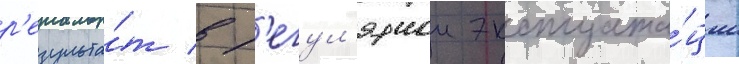
р'езульта́т в р'егул'ярнои эксплуата́ции